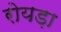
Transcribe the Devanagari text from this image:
रोयड़ा